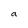
Character: a